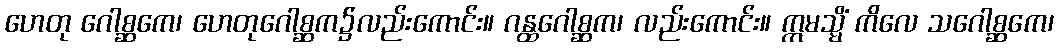
ဟေတု ဂေါစ္ဆကေ၊ ဟေတုဂေါစ္ဆက၌လည်းကောင်း။ ဂန္ထဂေါစ္ဆက၊ လည်းကောင်း။ ဣမသ္မိံ ကိလေ သဂေါစ္ဆကေ၊